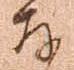
存